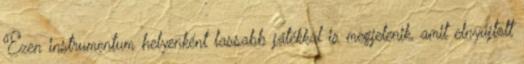
Ezen instrumentum helyenként lassabb játékkal is megjelenik, amit elnyújtott